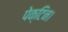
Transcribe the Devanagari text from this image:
पेक्टिन।